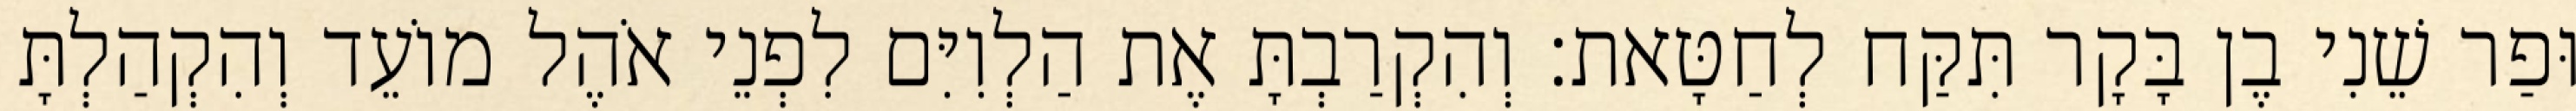
וּפַר שֵׁנִי בֶן בָּקָר תִּקַּח לְחַטָּאת׃ וְהִקְרַבְתָּ אֶת הַלְוִיִּם לִפְנֵי אֹהֶל מוֹעֵד וְהִקְהַלְתָּ